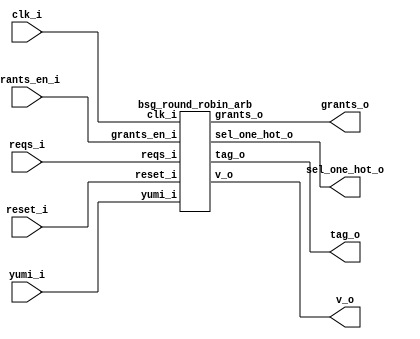


module top
(
  clk_i,
  reset_i,
  grants_en_i,
  reqs_i,
  grants_o,
  sel_one_hot_o,
  v_o,
  tag_o,
  yumi_i
);

  input [15:0] reqs_i;
  output [15:0] grants_o;
  output [15:0] sel_one_hot_o;
  output [3:0] tag_o;
  input clk_i;
  input reset_i;
  input grants_en_i;
  input yumi_i;
  output v_o;

  bsg_round_robin_arb
  wrapper
  (
    .reqs_i(reqs_i),
    .grants_o(grants_o),
    .sel_one_hot_o(sel_one_hot_o),
    .tag_o(tag_o),
    .clk_i(clk_i),
    .reset_i(reset_i),
    .grants_en_i(grants_en_i),
    .yumi_i(yumi_i),
    .v_o(v_o)
  );


endmodule



module bsg_round_robin_arb
(
  clk_i,
  reset_i,
  grants_en_i,
  reqs_i,
  grants_o,
  sel_one_hot_o,
  v_o,
  tag_o,
  yumi_i
);

  input [15:0] reqs_i;
  output [15:0] grants_o;
  output [15:0] sel_one_hot_o;
  output [3:0] tag_o;
  input clk_i;
  input reset_i;
  input grants_en_i;
  input yumi_i;
  output v_o;
  wire [15:0] grants_o,sel_one_hot_o;
  wire [3:0] tag_o;
  wire v_o,N0,N1,N2,N3,N4,N5,N6,N7,N8,N9,N10,N11,N12,N13;
  assign v_o = N13 | reqs_i[0];
  assign N13 = N12 | reqs_i[1];
  assign N12 = N11 | reqs_i[2];
  assign N11 = N10 | reqs_i[3];
  assign N10 = N9 | reqs_i[4];
  assign N9 = N8 | reqs_i[5];
  assign N8 = N7 | reqs_i[6];
  assign N7 = N6 | reqs_i[7];
  assign N6 = N5 | reqs_i[8];
  assign N5 = N4 | reqs_i[9];
  assign N4 = N3 | reqs_i[10];
  assign N3 = N2 | reqs_i[11];
  assign N2 = N1 | reqs_i[12];
  assign N1 = N0 | reqs_i[13];
  assign N0 = reqs_i[15] | reqs_i[14];

endmodule